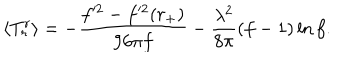
LaTeX: \langle T _ { r } ^ { r } \rangle = - { \frac { f ^ { 2 } - f ^ { 2 } ( r _ { + } ) } { 9 6 \pi f } } - { \frac { \lambda ^ { 2 } } { 8 \pi } } ( f - 1 ) \ln f .